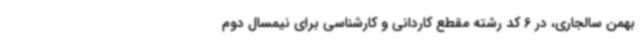
بهمن سالجاری، در 6 کد رشته مقطع کاردانی و کارشناسی برای نیمسال دوم